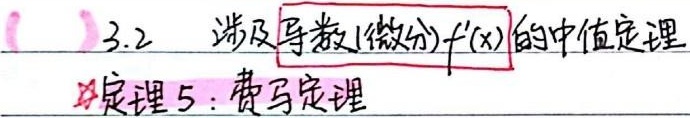
3.2 涉及导数(微分)\(f^{\prime}(x)\)的中值定理
定理 5：费马定理